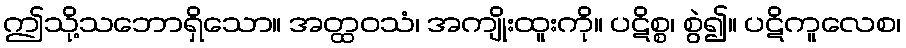
ဤသို့သဘောရှိသော။ အတ္ထဝသံ၊ အကျိုးထူးကို။ ပဋိစ္စ၊ စွဲ၍။ ပဋိကူလေစ၊